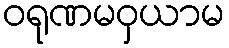
ဝရုဏမဝှယာမ